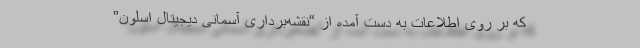
که بر روی اطلاعات به دست آمده از “نقشه‌برداری آسمانی دیجیتال اسلون”